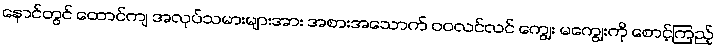
နောင်တွင် ထောင်ကျ အလုပ်သမားများအား အစားအသောက် ဝဝလင်လင် ကျွေး မကျွေးကို စောင့်ကြည့်